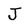
Character: J